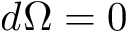
d \Omega = 0